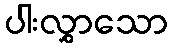
ပါးလွှာသော